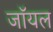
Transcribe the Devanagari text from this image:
जाॅयल